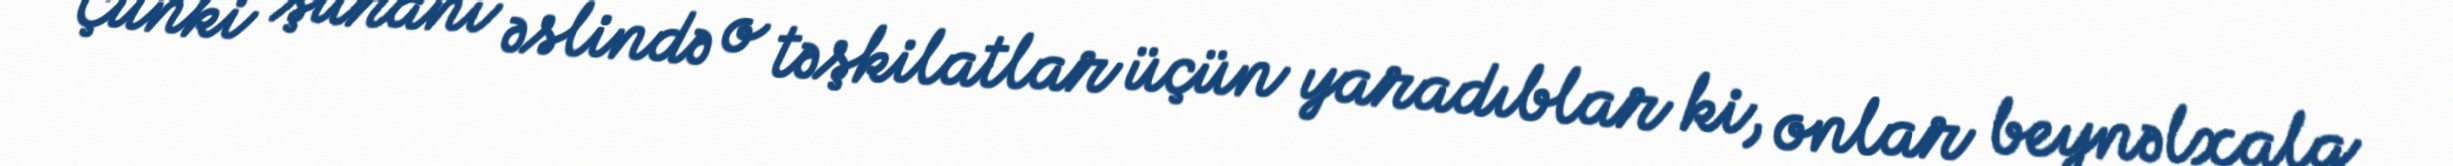
Çünki şuranı əslində o təşkilatlar üçün yaradıblar ki, onlar beynəlxalq